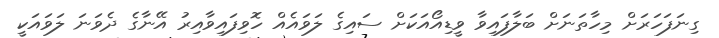
ގިނަފަހަރަށް މިހާތަނަށް ބަލާފައިވާ ވީޑިއޯއަކަށް ސައިގެ ލަވައެއް ހޮވިފައިވާއިރު އޭނާގެ ދެވަނަ ލަވައަކީ